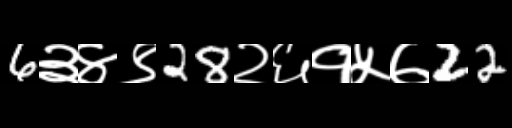
Text: 6३४९28२६१५७22